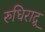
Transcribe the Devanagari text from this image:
रुधिराद्र्र